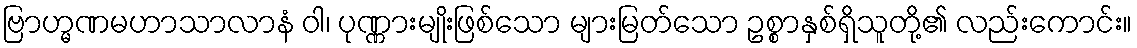
ဗြာဟ္မဏမဟာသာလာနံ ဝါ၊ ပုဏ္ဏားမျိုးဖြစ်သော များမြတ်သော ဥစ္စာနှစ်ရှိသူတို့၏ လည်းကောင်း။